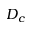
D _ { c }